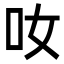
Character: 𠯆